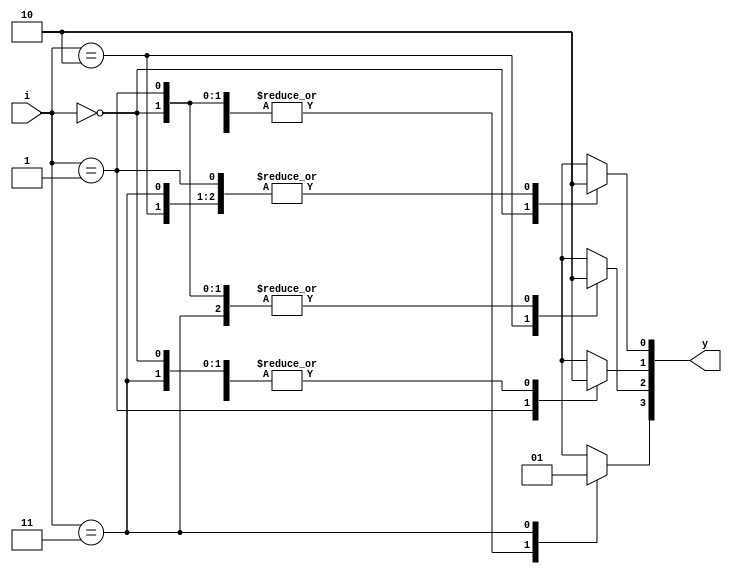
// This program was cloned from: https://github.com/ekb0412/100DaysofRTL
// License: Apache License 2.0

`timescale 1ns / 1ps

module decoder_2_4(
    input [1:0] i,
   	output reg[3:0] y);
	always@(i)
		begin
		y=0;
			case(i)	
					2'b00 : y[0] = 1'b1;
					2'b01 : y[1] = 1'b1;
					2'b10 : y[2] = 1'b1;
					2'b11 : y[3] = 1'b1;
			endcase
		end	
endmodule

module decoder_or(
    input a,b,
    output or_g 
    );
    wire [3:0]w;
    decoder_2_4 orgate({a,b}, w);
    assign or_g= ~w[0];
endmodule